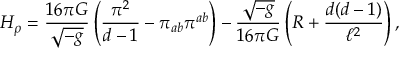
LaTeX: { \cal H } _ { \rho } = \frac { 1 6 \pi G } { \sqrt { - g } } \left( \frac { \pi ^ { 2 } } { d - 1 } - \pi _ { a b } \pi ^ { a b } \right) - \frac { \sqrt { - g } } { 1 6 \pi G } \left( R + \frac { d ( d - 1 ) } { \ell ^ { 2 } } \right) ,